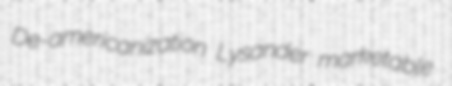
De-americanization Lysander marketable